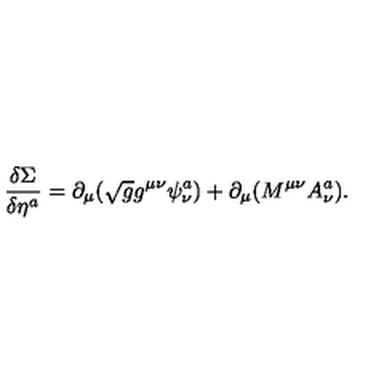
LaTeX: \frac { \delta \Sigma } { \delta \eta ^ { a } } = \partial _ { \mu } ( \sqrt { g } g ^ { \mu \nu } \psi _ { \nu } ^ { a } ) + \partial _ { \mu } ( M ^ { \mu \nu } A _ { \nu } ^ { a } ) .